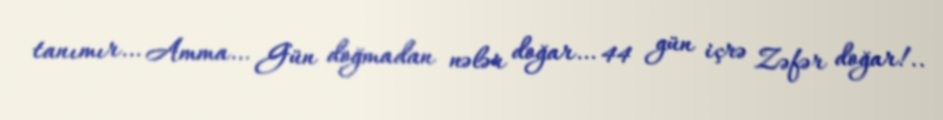
tanımır… Amma… Gün doğmadan nələr doğar… 44 gün içrə Zəfər doğar!..